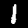
Digit: 1